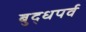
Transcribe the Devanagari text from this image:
बुद्धपर्व